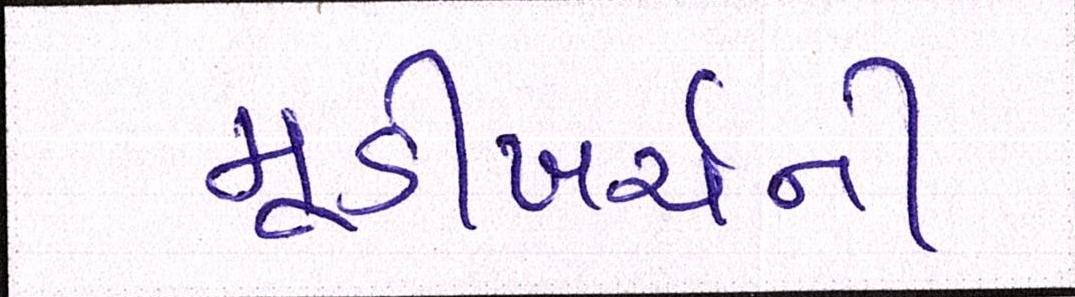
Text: મૂડીખર્ચની